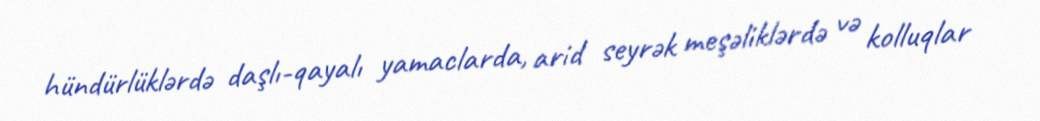
hündürlüklərdə daşlı-qayalı yamaclarda, arid seyrək meşəliklərdə və kolluqlar